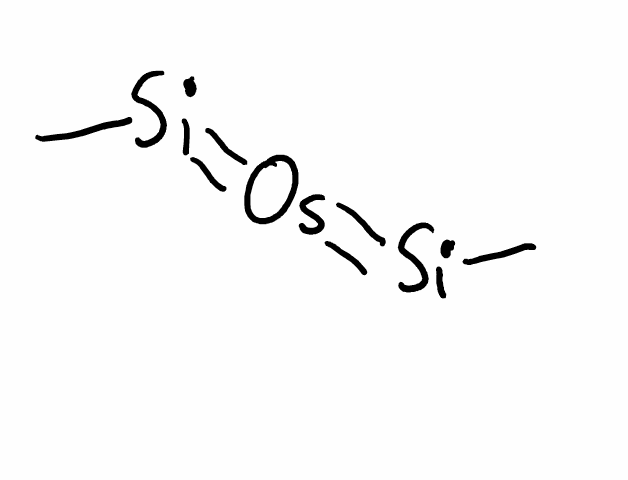
Simplified molecular-input line-entry system (SMILES) notation of the given molecule:
C[Si](=[Os]=[Si](C)C)C